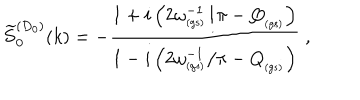
LaTeX: \widetilde { S } _ { 0 } ^ { ( D _ { 0 } ) } ( k ) = - \frac { 1 + i \left( 2 \omega _ { _ \mathrm { ( g s ) } } ^ { - 1 } / \pi - Q _ { _ \mathrm { ( g s ) } } \right) } { 1 - i \left( 2 \omega _ { _ \mathrm { ( g s ) } } ^ { - 1 } / \pi - Q _ { _ \mathrm { ( g s ) } } \right) } \; ,